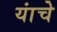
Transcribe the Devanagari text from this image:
यांचेेेे